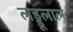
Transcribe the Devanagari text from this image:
लड्डूलाल